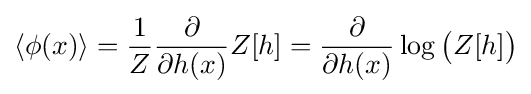
\left\langle \phi (x)\right\rangle ={\frac {1}{Z}}{\frac {\partial }{\partial h(x)}}Z[h]={\frac {\partial }{\partial h(x)}}\log {\big (}Z[h]{\big )}